Indian journal of veterinary science and animal husbandry - Volume 1,
Year: 1931
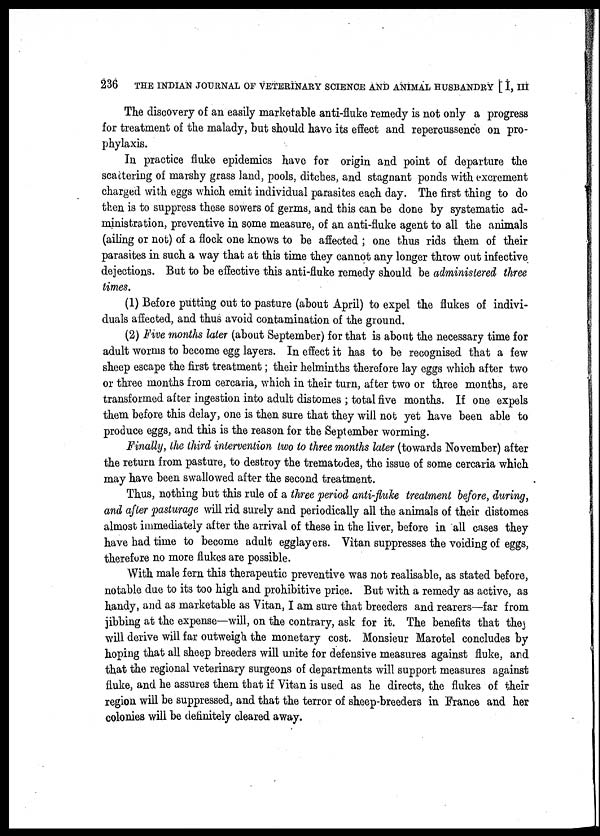
236
THE INDIAN JOURNAL OF VETERINARY SCIENCE AND ANIMAL HUSBANDRY [ I, III
The discovery of an easily marketable anti-fluke remedy is not only a progress
for treatment of the malady, but should have its effect and repercussence on pro-
phylaxis.
In practice fluke epidemics have for origin and point of departure the
scattering of marshy grass land, pools, ditches, and stagnant ponds with excrement
charged with eggs which emit individual parasites each day. The first thing to do
then is to suppress these sowers of germs, and this can be done by systematic ad-
ministration, preventive in some measure, of an anti-fluke agent to all the animals
(ailing or not) of a flock one knows to be affected ; one thus rids them of their
parasites in such a way that at this time they cannot any longer throw out infective
dejections. But to be effective this anti-fluke remedy should be administered three
times.
(1) Before putting out to pasture (about April) to expel the flukes of indivi-
duals affected, and thus avoid contamination of the ground.
(2) Five months later (about September) for that is about the necessary time for
adult worms to become egg layers. In effect it has to be recognised that a few
sheep escape the first treatment; their helminths therefore lay eggs which after two
or three months from cercaria, which in their turn, after two or three months, are
transformed after ingestion into adult distomes ; total five months. If one expels
them before this delay, one is then sure that they will not yet have been able to
produce eggs, and this is the reason for the September worming.
Finally, the third intervention two to three months later (towards November) after
the return from pasture, to destroy the trematodes, the issue of some cercaria which
may have been swallowed after the second treatment.
Thus, nothing but this rule of a three period anti-fluke treatment before, during,
and after pasturage will rid surely and periodically all the animals of their distomes
almost immediately after the arrival of these in the liver, before in all cases they
have had time to become adult egglayers. Vitan suppresses the voiding of eggs,
therefore no more flukes are possible.
With male fern this therapeutic preventive was not realisable, as stated before,
notable due to its too high and prohibitive price. But with a remedy as active, as
handy, and as marketable as Vitan, I am sure that breeders and rearers—far from
jibbing at the expense—will, on the contrary, ask for it. The benefits that they
will derive will far outweigh the monetary cost. Monsieur Marotel concludes by
hoping that all sheep breeders will unite for defensive measures against fluke, and
that the regional veterinary surgeons of departments will support measures against
fluke, and he assures them that if Vitan is used as he directs, the flukes of their
region will be suppressed, and that the terror of sheep-breeders in France and her
colonies will be definitely cleared away.